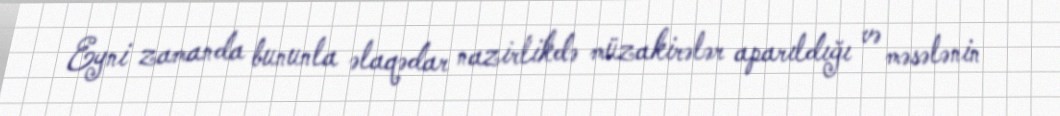
Eyni zamanda bununla əlaqədar nazirlikdə müzakirələr aparıldığı və məsələnin